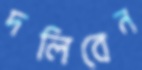
দলিবেন